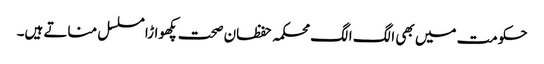
حکومت میں بھی الگ الگ محکمہ حفظان صحت پکھواڑا مسلسل مناتے ہیں۔